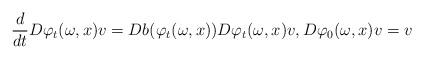
LaTeX: \begin{align*}\frac{d}{dt} D \varphi_t (\omega,x)v = Db ( \varphi_t(\omega,x)) D\varphi_t (\omega,x)v, D\varphi_0 (\omega,x)v= v\end{align*}